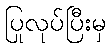
ပြုလုပ်ပြီးမှ